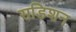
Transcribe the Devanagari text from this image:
सडिशन